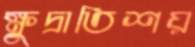
ক্ষুদ্রাতিশয়